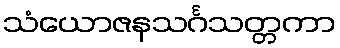
သံယောဇနသင်္ဂသတ္တကာ